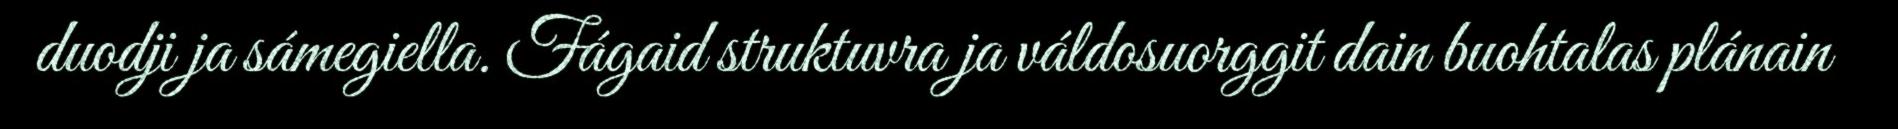
duodji ja sámegiella. Fágaid struktuvra ja váldosuorggit dain buohtalas plánain